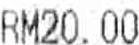
RM20.00